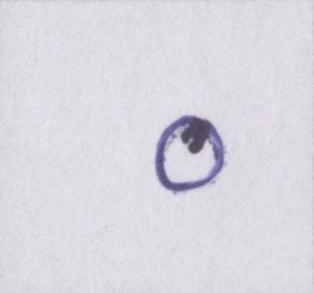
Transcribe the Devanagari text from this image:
०